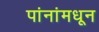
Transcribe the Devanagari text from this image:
पांनांमधून